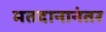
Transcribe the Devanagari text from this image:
मतदानानंतर